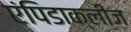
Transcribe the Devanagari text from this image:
एंपिडाक्लीज